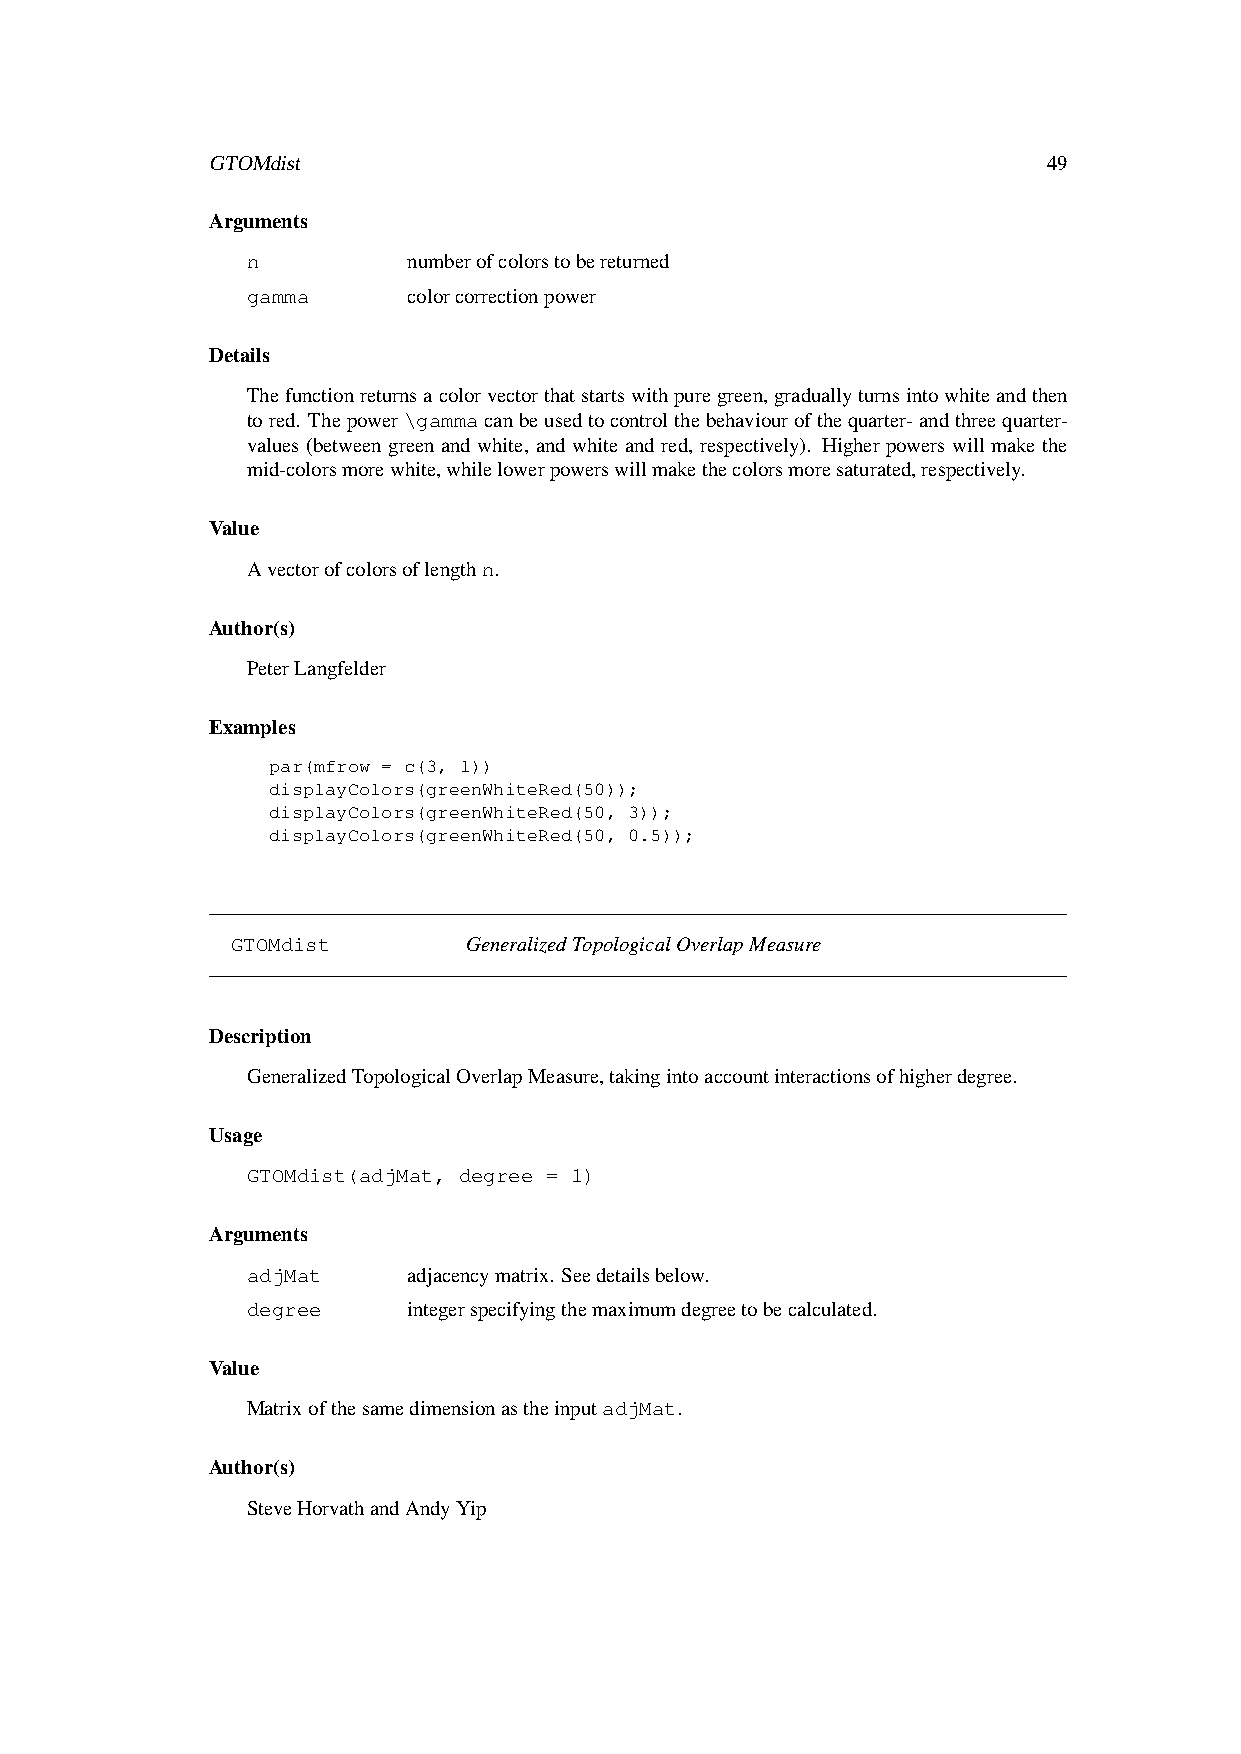
GTOMdist                                               49
 Arguments
 n          numberofcolorstobereturned
 gamma      colorcorrectionpower
 Details
 Thefunctionreturnsacolorvectorthatstartswithpuregreen,graduallyturnsintowhiteandthen
 tored. Thepower\gammacanbeusedtocontrolthebehaviourofthequarter-andthreequarter-
 values (between green and white, and white and red, respectively). Higher powers will make the
 mid-colorsmorewhite,whilelowerpowerswillmakethecolorsmoresaturated,respectively.
 Value
 Avectorofcolorsoflengthn.
 Author(s)
 PeterLangfelder
 Examples
 par(mfrow = c(3, 1))
 displayColors(greenWhiteRed(50));
 displayColors(greenWhiteRed(50, 3));
 displayColors(greenWhiteRed(50, 0.5));
 GTOMdist        GeneralizedTopologicalOverlapMeasure
 Description
 GeneralizedTopologicalOverlapMeasure,takingintoaccountinteractionsofhigherdegree.
 Usage
 GTOMdist(adjMat, degree = 1)
 Arguments
 adjMat     adjacencymatrix. Seedetailsbelow.
 degree     integerspecifyingthemaximumdegreetobecalculated.
 Value
 MatrixofthesamedimensionastheinputadjMat.
 Author(s)
 SteveHorvathandAndyYip